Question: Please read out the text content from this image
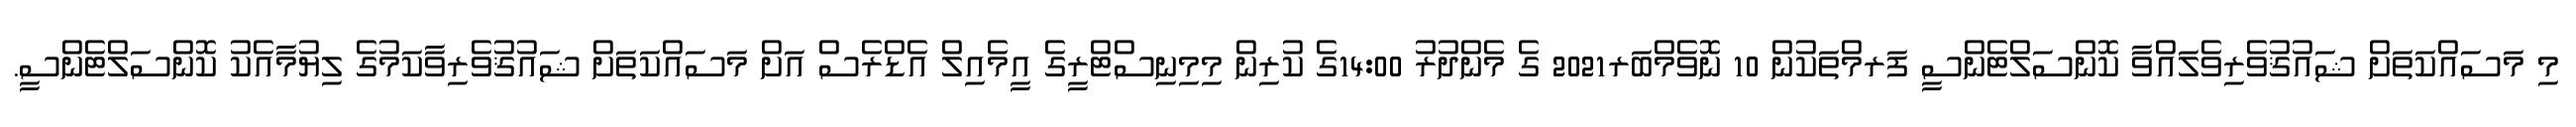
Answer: މި މަސައްކަތަށް ޝައުޤުވެރިވެލައްވާ ކޮންސަލްޓެންސީ ފަރމްތަކުން 10 ނޮވެމްބަރ2021 ގެ މެންދުރު 14:00ގެ ކުރިން މިމިނިސްޓްރީގެ އީމެއިލް އެޑްރެސް އަށް މަސައްކަތަށް ޝައުޤުވެރިވާކަމުގެ ލިޔުމާއެކު ކޮންސަލްޓެންސީ.